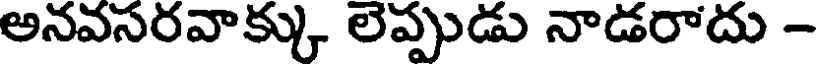
అనవసరవాక్కు లెప్పుడు నాడరాదు -